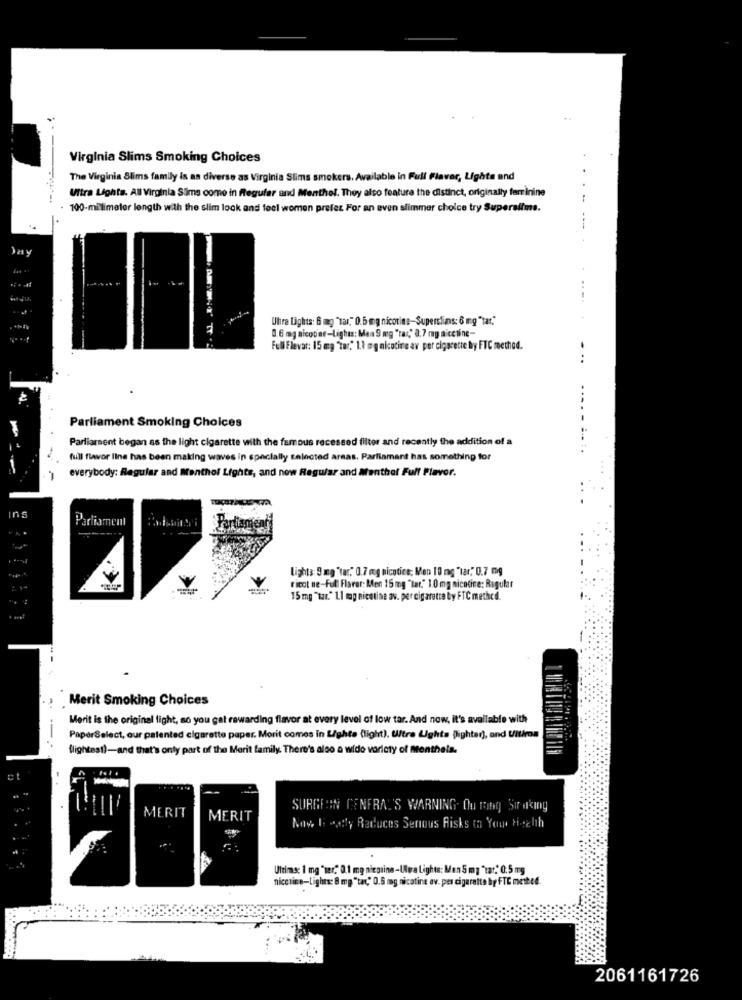
Virginia Slims Smoking Choices
The Virginia Slims family is as diverse as Virginia Slims smokers. Available in Full Flavor, Lights and
Vitra Lights. All Virginia Sims come in Regufar and Menthel. They also feature the distinct, originally feminine
100-milimeter length with the slim look and feel women prefer For an even slimmer choice try Superslima.
Day
Uhra Lights: 6 mg "tar," 0.5 mg nicotine-Supersfins: 6 mg "tar."
0.6 mg nicobar-Lights: Man Sig "tas,' 3.7 mg aicctine-
Fell Flevar: 15 mg "Tar." 1.1 mg nicotine av per cigarette by FTC method.
...
...
Parliament Smoking Choices
Parliament began as the light cigarette with the famous recessed filter and recently the addition of a
fill flavor line has been making waves in specially selected areas. Parliament has something for
everybody: Regular and Menthol Lights, and now Regular and Menthol Full Flavor.
Ins
Parliament
Lights:9 mg"tar." 0.7 mg nicotice; Men 10 mg "tar," 0.7 mg
ricot ne-Full Flarar: Men 15 mg "tar." 10 mg nicotine: Regular
15 mg "tar." 1.1 mag nicotine av. per cigarette by FTC method.
Merit Smoking Choices
Merit is the original fight, so you gat rewarding flavor at every level of low tar. And now, it's available with
PaperSelect, our patented cigarette paper. Morit comes in Lighte (light). Ultra Lighta Blighted), and Ultimoa
flightest)-and that's only part of the Merit family. There's also a wide variety of menthela.
Et
. ....
MERIT
SURGEON CENFRAL'S WARNING. Ou mang Str ating
MERIT
Now I: dly Reduces Senous Risks to Your Hotelh
Ultimas: 1 mg " ter." 0.1 mg nicoline-UNwra Lights: Men 5 mg "tat.' 0.5 mg
nicotine-Lights: 8 mg "tac,' 0.6 mg nicotine av. per cigarette by FTC mette4.
2061161726